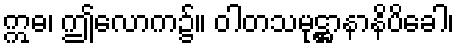
ဣဓ၊ ဤလောက၌။ ဝါတသမုဋ္ဌာနာနိပိခေါ၊